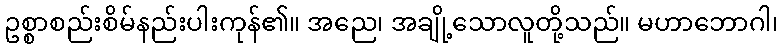
ဥစ္စာစည်းစိမ်နည်းပါးကုန်၏။ အညေ၊ အချို့သောလူတို့သည်။ မဟာဘောဂါ၊